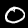
Digit: 0